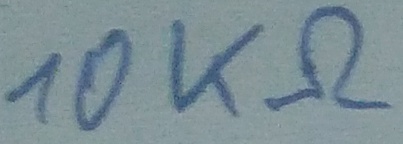
Text: 10KΩ